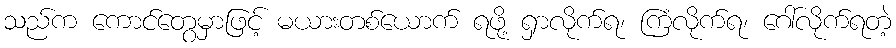
သည်က ကောင်တွေမှာဖြင့် မယားတစ်ယောက် ရဖို့ ရှာလိုက်ရ၊ ကြံလိုက်ရ၊ ဂေါ်လိုက်ရတဲ့